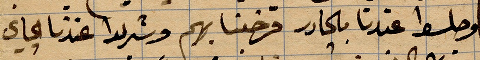
وصلوا عندنا بالجادر فرحبنا بهم وشربنا ...